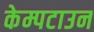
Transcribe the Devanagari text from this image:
केम्पटाउन